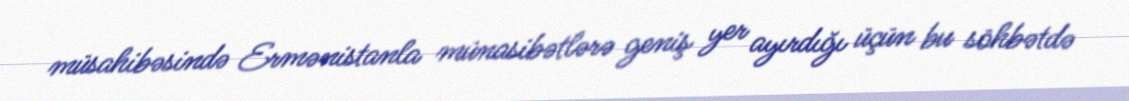
müsahibəsində Ermənistanla münasibətlərə geniş yer ayırdığı üçün bu söhbətdə